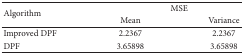
| <ROWSPAN=2> Algorithm | <COLSPAN=2> MSE |
 | Mean | Variance |
 | --- | --- | --- |
 | Improved DPF | 2.2367 | 2.2367 |
 | DPF | 3.65898 | 3.65898 |